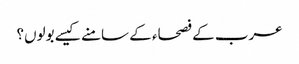
عرب کے فصحاء کے سامنے کیسے بولوں؟